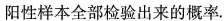
阳性样本全部检验出来的概率。